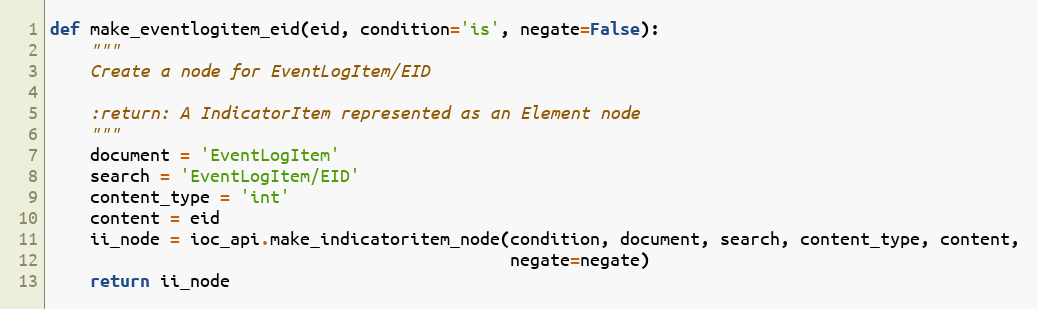
Language: Python
def make_eventlogitem_eid(eid, condition='is', negate=False):
    """
    Create a node for EventLogItem/EID

    :return: A IndicatorItem represented as an Element node
    """
    document = 'EventLogItem'
    search = 'EventLogItem/EID'
    content_type = 'int'
    content = eid
    ii_node = ioc_api.make_indicatoritem_node(condition, document, search, content_type, content,
                                              negate=negate)
    return ii_node